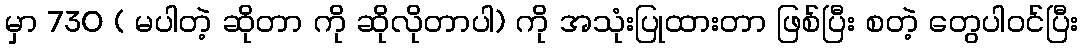
မှာ 730 ( မပါတဲ့ ဆိုတာ ကို ဆိုလိုတာပါ) ကို အသုံးပြုထားတာ ဖြစ်ပြီး စတဲ့ တွေပါဝင်ပြီး